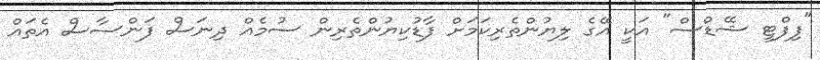
"ފިފްޓީ ޝޭޑްސް" އަކީ އޭގެ ލިޔުންތެރިކަމަށް ފާޑުކިޔުންތެރިން ސުމެއް ދިނަސް ފަންސާސް އެތައް